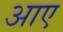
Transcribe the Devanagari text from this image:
अाए